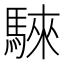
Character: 騋